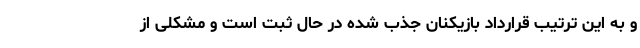
و به این ترتیب قرارداد بازیکنان جذب شده در حال ثبت است و مشکلی از